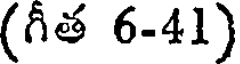
(గీత 6-41)